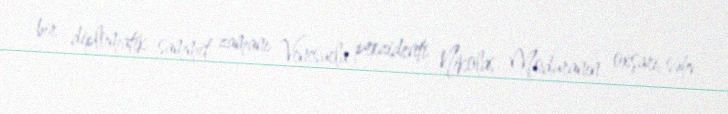
bir diplomatik sammit zamanı Venesuela prezidenti Nikolas Moduranın oxşarı, səhv